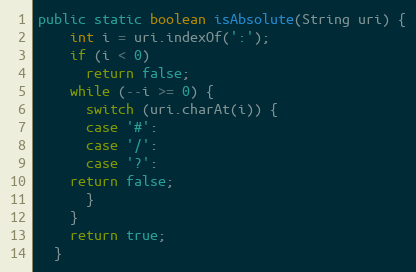
Language: Java
public static boolean isAbsolute(String uri) {
    int i = uri.indexOf(':');
    if (i < 0)
      return false;
    while (--i >= 0) {
      switch (uri.charAt(i)) {
      case '#':
      case '/':
      case '?':
	return false;
      }
    }
    return true;
  }